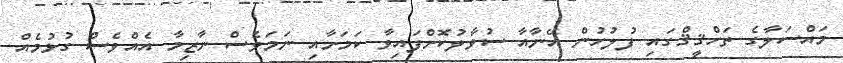
މައްސަލާގެ ތަހްޤީޤްގައި ފުލުހުން އޭނާއާ ސުވާލުކޮށްފައިވާ ކަމަށާއި ނަމަވެސް ނާޒިމާ އެއްވެސް ގުޅުމެއް